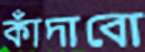
কাঁদাবো